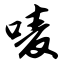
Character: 唛